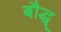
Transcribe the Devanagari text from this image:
बौद्ध्